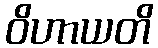
ဝိဟာယတိ